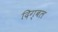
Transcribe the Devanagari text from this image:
दिग्बल